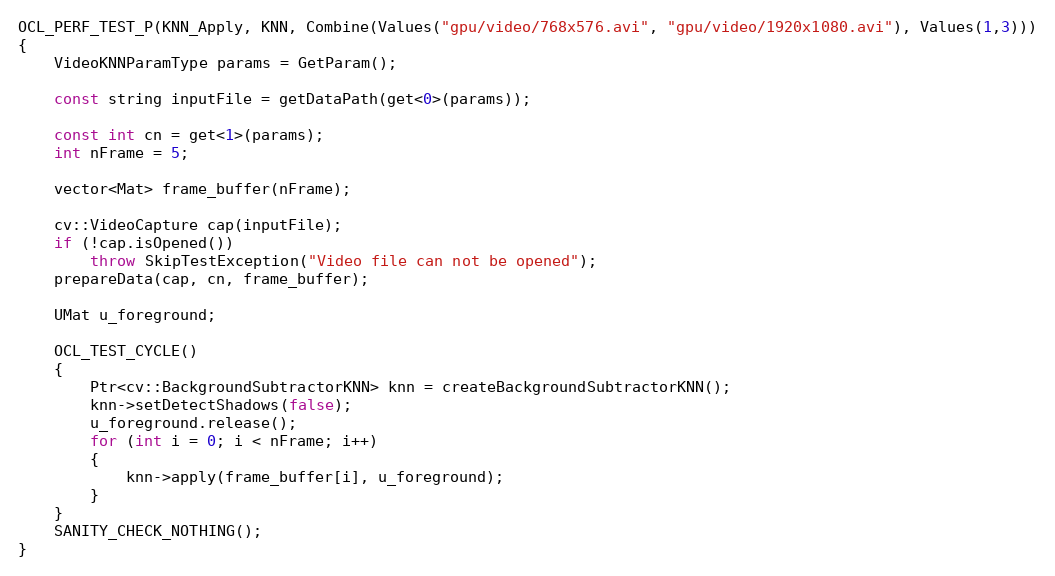
Language: C++
OCL_PERF_TEST_P(KNN_Apply, KNN, Combine(Values("gpu/video/768x576.avi", "gpu/video/1920x1080.avi"), Values(1,3)))
{
    VideoKNNParamType params = GetParam();

    const string inputFile = getDataPath(get<0>(params));

    const int cn = get<1>(params);
    int nFrame = 5;

    vector<Mat> frame_buffer(nFrame);

    cv::VideoCapture cap(inputFile);
    if (!cap.isOpened())
        throw SkipTestException("Video file can not be opened");
    prepareData(cap, cn, frame_buffer);

    UMat u_foreground;

    OCL_TEST_CYCLE()
    {
        Ptr<cv::BackgroundSubtractorKNN> knn = createBackgroundSubtractorKNN();
        knn->setDetectShadows(false);
        u_foreground.release();
        for (int i = 0; i < nFrame; i++)
        {
            knn->apply(frame_buffer[i], u_foreground);
        }
    }
    SANITY_CHECK_NOTHING();
}